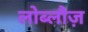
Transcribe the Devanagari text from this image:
लोब्लौज़